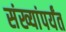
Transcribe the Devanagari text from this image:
संख्यांपर्यंत